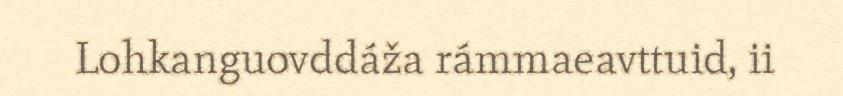
Lohkanguovddáža rámmaeavttuid, ii